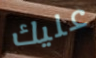
عليك